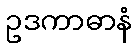
ဥဒကာဓာနံ